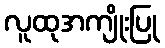
လူထုအကျိုးပြု